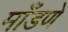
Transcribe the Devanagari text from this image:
माँडणे